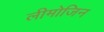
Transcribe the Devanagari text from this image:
लीमोजिन